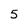
Character: 5